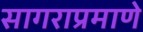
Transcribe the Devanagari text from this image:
सागराप्रमाणे